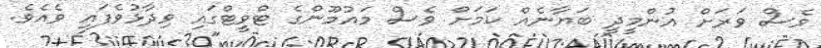
ވެސް ވަރަށް އުންމީދީ ބަޔާނެއް ކަމަށް ވެސް މައުމޫންގެ ޓްވީޓްގައި ވިދާޅުވެފައި ވެއެވެ.